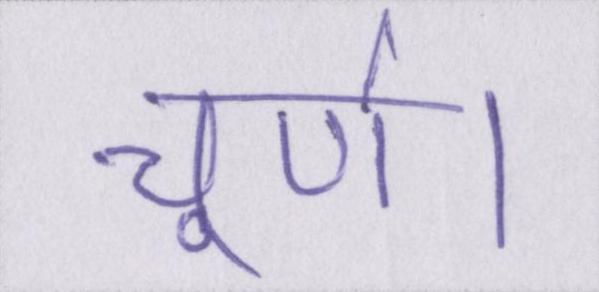
चूर्ण।